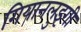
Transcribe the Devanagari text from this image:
गियानलुइगी